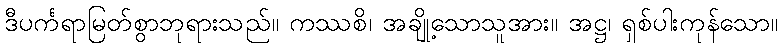
ဒီပင်္ကရာမြတ်စွာဘုရားသည်။ ကဿစိ၊ အချို့သောသူအား။ အဋ္ဌ၊ ရှစ်ပါးကုန်သော။